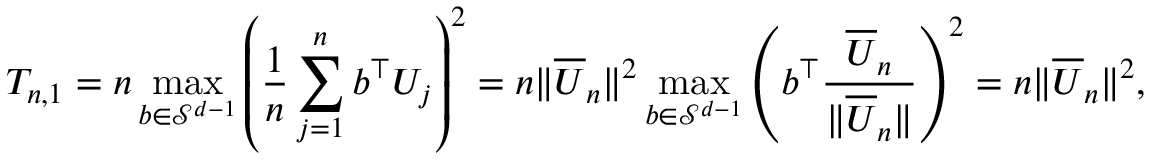
T _ { n , 1 } = n \operatorname* { m a x } _ { b \in \mathcal { S } ^ { d - 1 } } \left( \frac 1 n \sum _ { j = 1 } ^ { n } b ^ { \top } U _ { j } \right) ^ { 2 } = n \| \overline { { U } } _ { n } \| ^ { 2 } \operatorname* { m a x } _ { b \in \mathcal { S } ^ { d - 1 } } \left( b ^ { \top } \frac { \overline { { U } } _ { n } } { \| \overline { { U } } _ { n } \| } \right) ^ { 2 } = n \| \overline { { U } } _ { n } \| ^ { 2 } ,